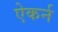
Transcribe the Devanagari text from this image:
ऐकर्न